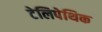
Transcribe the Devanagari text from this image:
टेलिपेथिक